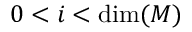
0 < i < \dim ( M )